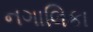
નગાલિકા